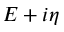
E + i \eta